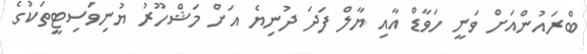
ބްރައުންއަށް ވަނީ ހަވާޑް އާއި ޔާލް ފަދަ ދުނިޔެ އަށް މަޝްހޫރު ޔުނިވަސިޓީތަކުގެ